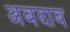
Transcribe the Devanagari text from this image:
अबदाब